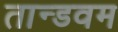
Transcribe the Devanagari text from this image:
तान्डवम